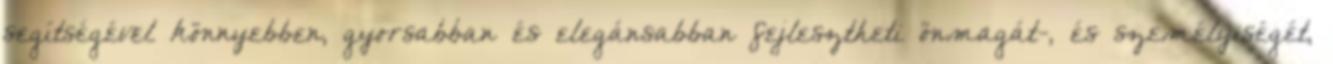
segítségével könnyebben, gyorsabban és elegánsabban fejlesztheti önmagát-, és személyiségét,